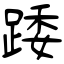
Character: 踒